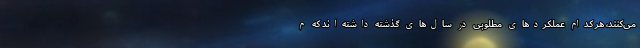
می‌کنند، هر کدام عملکردهای مطلوبی در سال‌های گذشته داشته‌اند که م